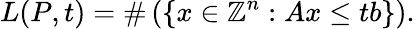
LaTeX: L(P,t)=\# \left(\left\{ x\in\mathbb{Z}^{n}:Ax\leq tb\right\} \right).